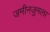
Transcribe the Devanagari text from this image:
जमीनजुमला